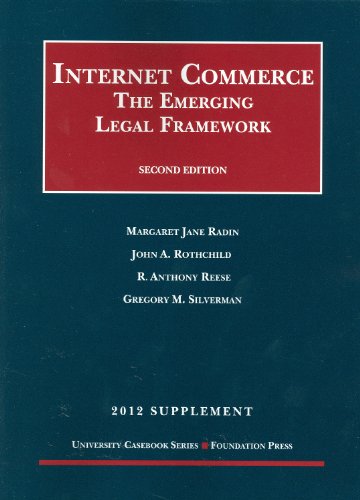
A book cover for Internet Commerce: The Emerging Legal Framework, 2d, 2012 (University Casebook Series); Margaret Radin; Computers & Technology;